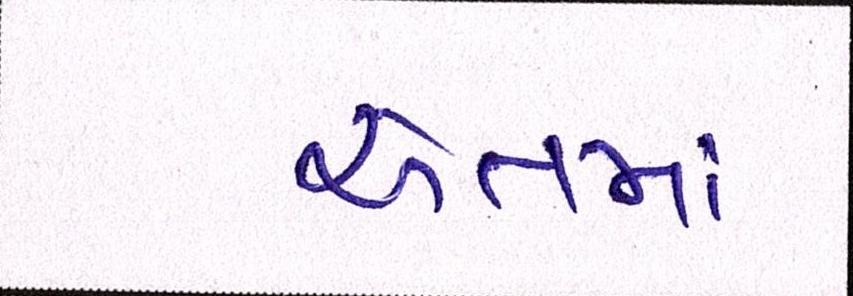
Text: અંતમાં